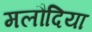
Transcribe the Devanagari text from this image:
मलौदिया